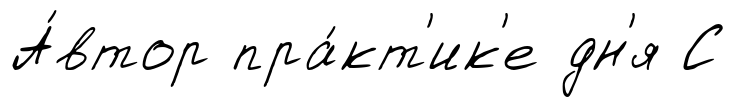
А́втор пра́кт'ик'е дн'я С